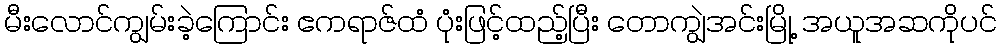
မီးလောင်ကျွမ်းခဲ့ကြောင်း ဧကရာဇ်ထံ ပုံးဖြင့်ထည့်ပြီး တောကျွဲအင်းမြို့ အယူအဆကိုပင်